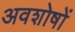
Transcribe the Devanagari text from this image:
अवशोषों